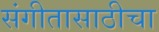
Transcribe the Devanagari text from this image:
संगीतासाठीचा